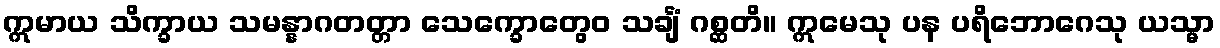
ဣမာယ သိက္ခာယ သမန္နာဂတတ္တာ သေက္ခောတွေဝ သင်္ချံ ဂစ္ဆတိ။ ဣမေသု ပန ပရိဘောဂေသု ယသ္မာ